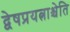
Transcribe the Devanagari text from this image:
द्वेषप्रयत्नाश्चेति